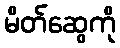
မိတ်ဆွေကို